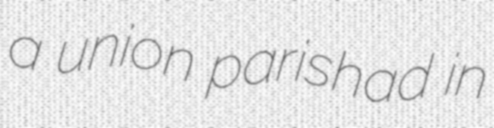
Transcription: a union parishad in